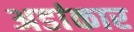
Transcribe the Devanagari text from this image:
अडांकार